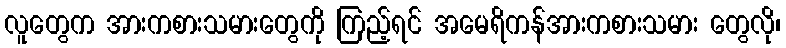
လူတွေက အားကစားသမားတွေကို ကြည့်ရင် အမေရိကန်အားကစားသမား တွေလို၊